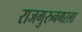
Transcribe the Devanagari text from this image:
राजगुरुनगरला